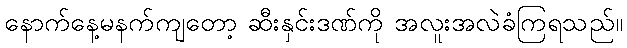
နောက်နေ့မနက်ကျတော့ ဆီးနှင်းဒဏ်ကို အလူးအလဲခံကြရသည်။